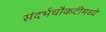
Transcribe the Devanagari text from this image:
संदर्भचौकटीमध्ये